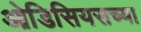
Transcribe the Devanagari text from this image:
ओडिसियसच्या